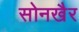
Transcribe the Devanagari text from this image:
सोनखैर